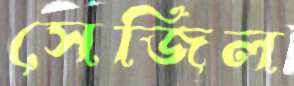
সেজিল